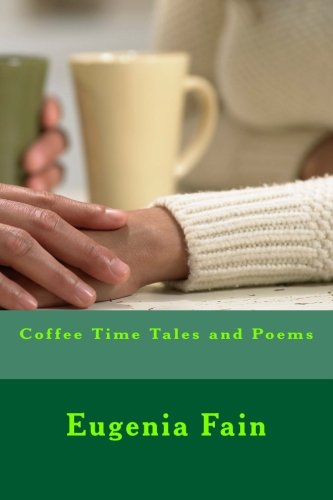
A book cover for Coffee Time Tales and Poems; Eugenia Fain; Romance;